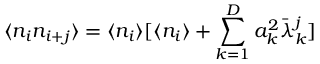
\langle n _ { i } n _ { i + j } \rangle = \langle n _ { i } \rangle [ \langle n _ { i } \rangle + \sum _ { k = 1 } ^ { D } a _ { k } ^ { 2 } { { \bar { \lambda } } _ { k } } ^ { j } ]